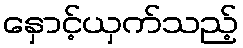
နှောင့်ယှက်သည့်